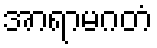
အာရာမဂတံ